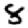
Digit: 8